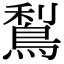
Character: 𪁐